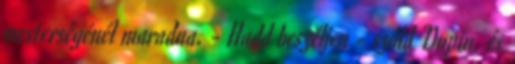
mesterségénél maradna. - Hadd beszéljen - szóld Dupin, és